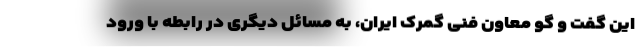
این گفت و گو معاون فنی گمرک ایران، به مسائل دیگری در رابطه با ورود